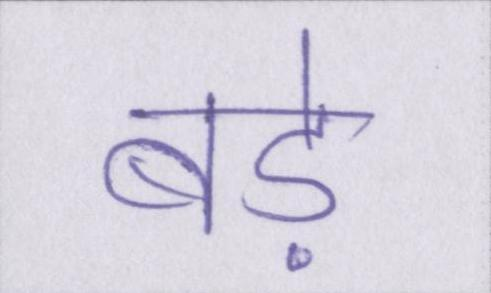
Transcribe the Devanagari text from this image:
बड़े